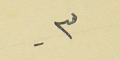
-٣